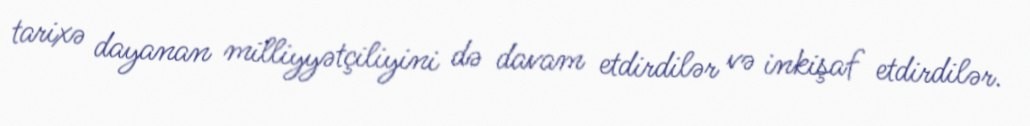
tarixə dayanan milliyyətçiliyini də davam etdirdilər və inkişaf etdirdilər.